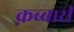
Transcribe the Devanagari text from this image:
क़ब्बारी